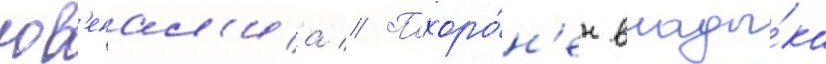
юв'енал'иа // Похоро́н'ен влады́ка